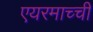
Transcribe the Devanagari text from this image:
एयरमाच्ची